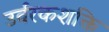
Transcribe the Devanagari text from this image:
उर्वरकशक्ति